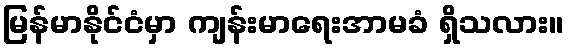
မြန်မာနိုင်ငံမှာ ကျန်းမာရေးအာမခံ ရှိသလား။